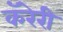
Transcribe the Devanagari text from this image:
कॅरेरी